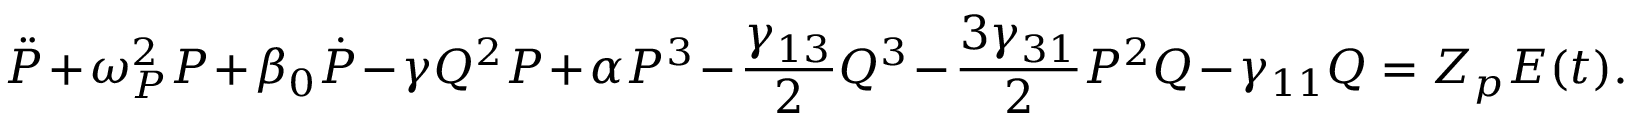
\Ddot { P } + \omega _ { P } ^ { 2 } P + \beta _ { 0 } \dot { P } - \gamma Q ^ { 2 } P + \alpha P ^ { 3 } - \frac { \gamma _ { 1 3 } } { 2 } Q ^ { 3 } - \frac { 3 \gamma _ { 3 1 } } { 2 } P ^ { 2 } Q - \gamma _ { 1 1 } Q = Z _ { p } E ( t ) .